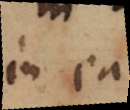
in ea